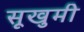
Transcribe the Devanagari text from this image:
सूखुमी